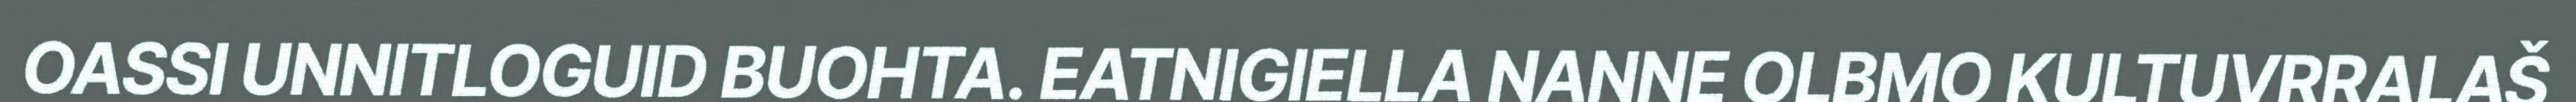
OASSI UNNITLOGUID BUOHTA. EATNIGIELLA NANNE OLBMO KULTUVRRALAŠ